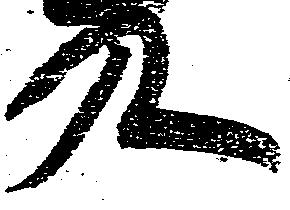
九